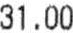
31.00